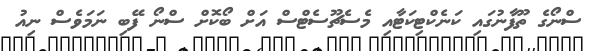
ސްނޯގެ ތޫފާނުގައި ކަނެކްޓިކަޓާއި މެސެޗޫސެޓްސް އަށް ބޯކޮށް ސްނޯ ފޭބި ނަމަވެސް ނިއު